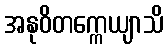
အနုဝိတက္ကေယျာသိ